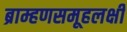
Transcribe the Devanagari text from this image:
ब्राम्हणसमूहलक्षी